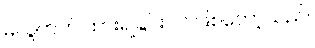
မလွတ်ဘဲ ထားရခြင်းပင် ဖြစ်တော့သည်။